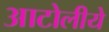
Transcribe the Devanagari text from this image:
आटोलीये